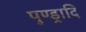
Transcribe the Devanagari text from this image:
पुण्ड्रादि